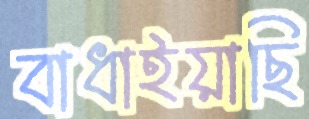
বাধাইয়াছি